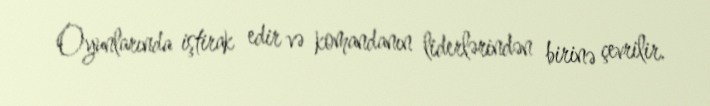
Oyunlarında iştirak edir və komandanın liderlərindən birinə çevrilir.